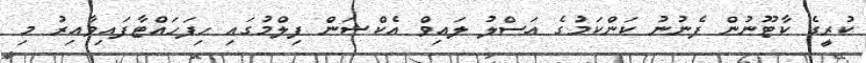
ކުރީގެ ކާޓޫނުން ފެނުނު ކަންކަމުގެ އަސްލު ލައިވް އެކްޝަން ފިލްމުގައި ހިފަހައްޓާފައިވާއިރު މި